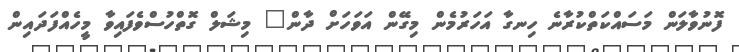
ފޮނުވާލަން މަސައްކަތްކުރާނެ ހިނގާ އަހަރުމެން މިގޭން އަވަހަށް ދާން" މިޝަލް ގޮތްހުސްވެފައިވާ މީހެއްފަދައިން